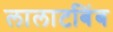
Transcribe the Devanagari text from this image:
लालाटबिंब